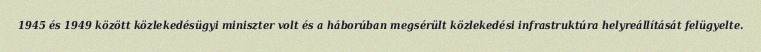
1945 és 1949 között közlekedésügyi miniszter volt és a háborúban megsérült közlekedési infrastruktúra helyreállítását felügyelte.